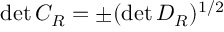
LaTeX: \operatorname * { d e t } { C _ { R } } = \pm ( \operatorname * { d e t } { D _ { R } } ) ^ { 1 / 2 }